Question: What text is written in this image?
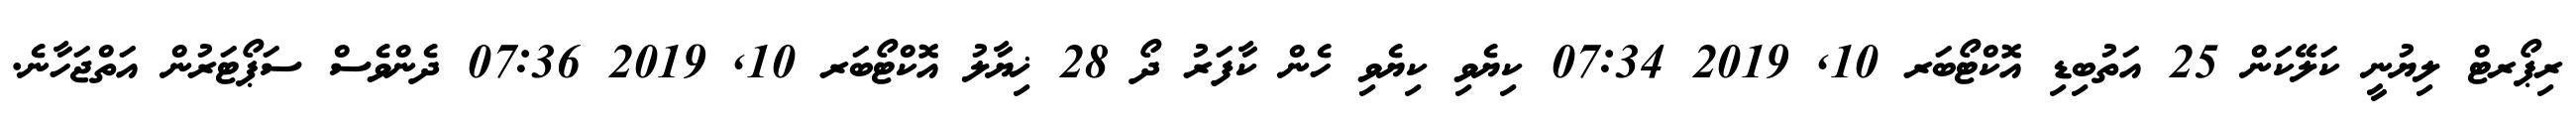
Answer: ރިޕޯރޓް ލިޔުނީ ކަލޭކަން 25 އަތުބިޑި އޮކްޓޯބަރ 10, 2019 07:34 ކިޔެވި ކިޔެވި ހެން ކާފަރު ދޯ 28 ޚިޔާލު އޮކްޓޯބަރ 10, 2019 07:36 ދެންވެސް ސަޕޯޓަރުން އަތްޖަހާނެ.